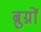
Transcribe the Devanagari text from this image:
ब्रुग्नों